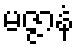
မဇ္ဇာနံ